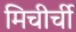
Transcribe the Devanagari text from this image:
मिचीर्ची